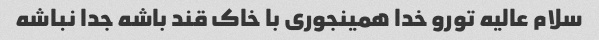
سلام عالیه تورو خدا همینجوری با خاک قند باشه جدا نباشه